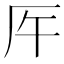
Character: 𠨺